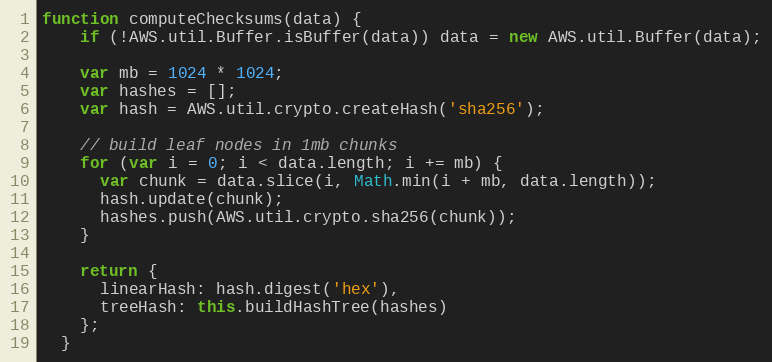
Language: JavaScript
function computeChecksums(data) {
    if (!AWS.util.Buffer.isBuffer(data)) data = new AWS.util.Buffer(data);

    var mb = 1024 * 1024;
    var hashes = [];
    var hash = AWS.util.crypto.createHash('sha256');

    // build leaf nodes in 1mb chunks
    for (var i = 0; i < data.length; i += mb) {
      var chunk = data.slice(i, Math.min(i + mb, data.length));
      hash.update(chunk);
      hashes.push(AWS.util.crypto.sha256(chunk));
    }

    return {
      linearHash: hash.digest('hex'),
      treeHash: this.buildHashTree(hashes)
    };
  }